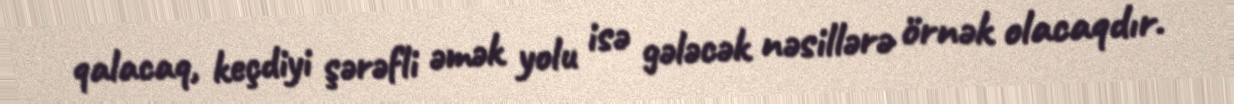
qalacaq, keçdiyi şərəfli əmək yolu isə gələcək nəsillərə örnək olacaqdır.